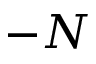
- N